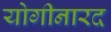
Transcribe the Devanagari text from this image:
योगीनारद